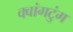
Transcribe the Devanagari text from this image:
क्वांगटुंग